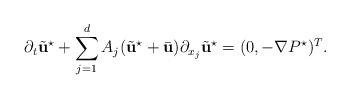
LaTeX: \begin{align*}\partial_{t}\tilde{\textbf{u}}^{\star} + \sum_{j=1}^{d}A_{j}(\tilde{\textbf{u}}^{\star}+\bar{\textbf{u}})\partial_{x_{j}}\tilde{\textbf{u}}^{\star}=(0, -\nabla P^{\star})^{T}.\end{align*}